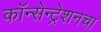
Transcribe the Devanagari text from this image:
कॉन्सेन्ट्रेशनचा